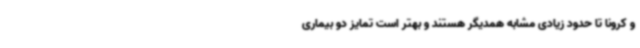
و کرونا تا حدود زیادی مشابه همدیگر هستند و بهتر است تمایز دو بیماری